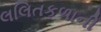
લલિતકળાની